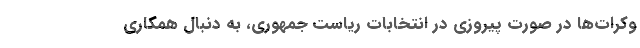
وکرات‌ها در صورت پیروزی در انتخابات ریاست جمهوری، به دنبال همکاری